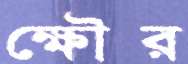
ক্ষৌর